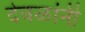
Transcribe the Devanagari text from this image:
देवळांनी